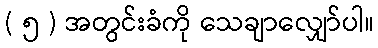
( ၅ ) အတွင်းခံကို သေချာလျှော်ပါ။